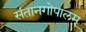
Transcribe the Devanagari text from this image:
संतानगोपालम्